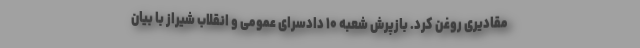
مقادیری روغن کرد. بازپرش شعبه ۱۰ دادسرای عمومی و انقلاب شیراز با بیان